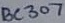
Text: BC307